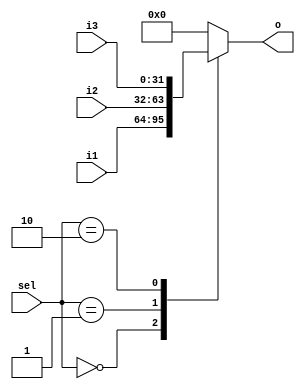
module Mux_3to1 (i1,i2,i3,sel,o);
    input [31:0] i1,i2,i3;
    input [1:0] sel;
    output reg [31:0] o;

    //0 1 2
    always @(*) 
    begin
        case (sel)
            2'd0:
            begin
                o=i1;
            end 
            2'd1:
            begin
                o=i2;
            end
            2'd2:
            begin
                o=i3;
            end
            default:
                o=32'b0;
        endcase    
    end

endmodule